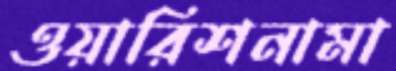
ওয়ারিশনামা